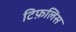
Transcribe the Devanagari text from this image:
टिफ़लिस